Report on vaccination in Madras 1877-1894 - 1877-1894
Year: 1877
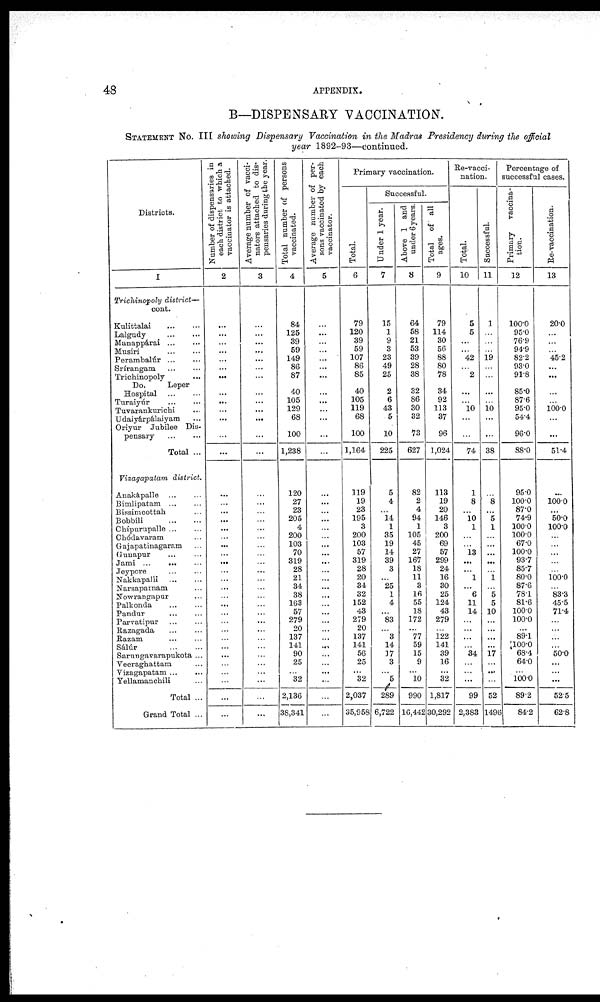
48
APPENDIX.
B—DISPENSARY VACCINATION.
STATEMENT No. III showing Dispensary Vaccination in the Madras Presidency during the official
year 1892-93—continued.
Districts.
1
Trichinopoly district—
cont.
Kulittalai...
...
Lalgudy...
...
Manappárai...
...
Musiri... ...
Perambalúr...
...
Srírangam... ...
Trichinopoly...
Do.
Leper
Hospital ... ...
Turaiyúr... ...
Tuvarankurichi...
Udaiyárpálaiyam...
Oriyur Jubilee Dis¬
pensary...
...
Total ...
Vizagapatam district.
Anakápalle... ...
Bimlipatam... ...
Bissimcottah... ...
Bobbili...
...
Chípurupalle...
...
Chódavaram...
Gajapatinagaram...
Gunapur...
...
Jami... ... ...
Jeypore... ...
Nakkapalli... ...
Narsapatnam...
Nowrangapur... ...
Palkonda...
...
Pandur... ...
Parvatipur... ...
Razagada... ...
Razam...
...
Sálúr...
...
Sarungavarapukota ...
Veeraghattam...
Vizagapatam ...
...
Yellamanchili...
Total ...
Grand Total ...
Number of dispensaries in
each district to which a
vaccinator is attached.
2
...
...
...
...
...
...
...
...
...
...
...
...
...
...
...
...
...
...
...
...
...
...
...
...
...
...
...
...
...
...
...
...
...
...
...
...
...
...
Average number of vacci¬
nators attached to dis-
pensaries during the year.
3
...
...
...
...
...
...
...
...
...
...
...
...
...
...
...
...
...
...
...
...
...
...
...
...
...
...
...
...
...
...
...
...
...
...
...
...
...
...
Total number of persons
vaccinated.
4
84
125
39
59
149
86
87
40
105
129
68
100
1,238
120
27
23
205
4
200
103
70
319
28
21
34
38
163
57
279
20
137
141
90
25
...
32
2,136
38,341
Average number of per-
sons vaccinated by each
vaccinator.
5
...
...
...
...
...
...
...
...
...
...
...
...
...
...
...
...
...
...
...
...
...
...
...
...
...
...
...
...
...
...
...
...
...
...
...
...
...
...
Primary vaccination.
Total.
6
79
120
39
59
107
86
85
40
105
119
68
100
1,164
119
19
23
195
3
200
103
57
319
28
20
34
32
152
43
279
20
137
141
56
25
...
32
2,037
35,958
Successful.
Under 1 year.
7
15
1
9
3
23
49
25
2
6
43
5
10
225
5
4
...
14
1
35
19
14
39
3
...
25
1
4
...
83
...
3
14
17
3
... 5
289
6,722
Above 1 and
under 6 years.
8
64
58
21
53
39
28
38
32
86
30
32
73
627
82
2
4
94
1
105
45
27
167
18
11
3
16
55
18
172
...
77
59
15
9
...
10
990
16,442
Total of all
ages.
9
79
114
30
56
88
80
78
34
92
113
37
96
1,024
113
19
20
146
3
200
69
57
299
24
16
30
25
124
43
279
...
122
141
39
16
...
32
1,817
30,292
Re-vacci-
nation.
Total.
10
5
5
...
...
42
...
2
...
...
10
...
...
74
1
8
...
10 1
...
...
13
...
...
1
...
6
11
14
...
...
...
...
34
...
...
...
99
2,383
Successful.
11
1
...
...
...
19
...
...
...
...
10 ...
...
38
...
8
...
5
1
...
...
...
...
...
1
...
5
5
10
...
...
...
...
17
...
...
...
52
1496
Percentage of
successful cases.
Primary vaccina-
tion.
12
100.0
95.0
76.9
94.9
82.2
93.0
91.8
85.0
87.6
95.0
54.4
96.0
88.0
95.0
100.0
87.0
74.9
100.0
100.0
67.0
100.0
93.7
85.7
80.0
87.6
78.1
81.6
100.0
100.0
...
89.1
100.0
68.4
64.0
...
100.0
89.2
84.2
Re-vaccination.
13
20.0
...
...
...
45.2
...
...
...
...
100.0
...
...
51.4
...
100.0
...
50.0
100.0
...
...
...
...
...
100.0
...
83.3
45.5
71.4
...
...
...
...
50.0
...
...
...
52.5
62.8